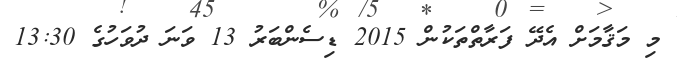
މި މަޤާމަށް އެދޭ ފަރާތްތަކުން 2015 ޑިސެންބަރު 13 ވަނަ ދުވަހުގެ 13:30